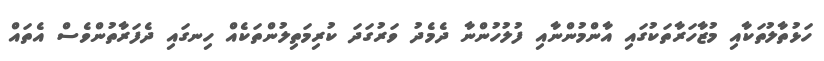
ހަޅުތާލުތަކާއި މުޒާހަރާތަކުގައި އާންމުންނާއި ފުލުހުންނާ ދެމެދު ވަރުގަދަ ކުރިމަތިލުންތަކެއް ހިނގައި ދެފަރާތުންވެސް އެތައް